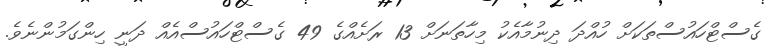
ގެސްޓްހައުސްތަކަށް ހުއްދަ ދިނުމާއެކު މިހާތަނަށް 13 ރަށެއްގެ 49 ގެސްޓްހައުުސްއެއް ދަނީ ހިންގަމުންނެވެ.